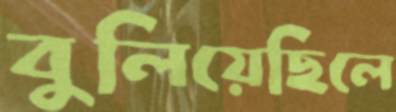
বুলিয়েছিলে